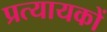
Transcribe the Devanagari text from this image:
प्रत्यायकों